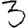
Digit: 3